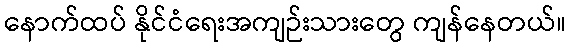
နောက်ထပ် နိုင်ငံရေးအကျဉ်းသားတွေ ကျန်နေတယ်။